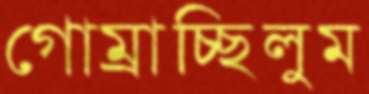
গোম্‌রাচ্ছিলুম